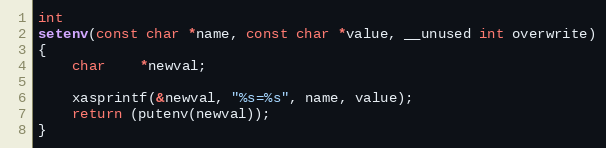
Language: C
int
setenv(const char *name, const char *value, __unused int overwrite)
{
	char	*newval;

	xasprintf(&newval, "%s=%s", name, value);
	return (putenv(newval));
}